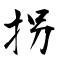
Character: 拐